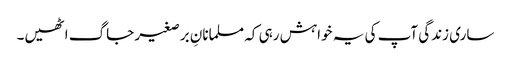
ساری زندگی آپ کی یہ خواہش رہی کہ مسلمانانِ برصغیر جاگ اٹھیں۔